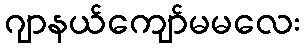
ဂျာနယ်ကျော်မမလေး